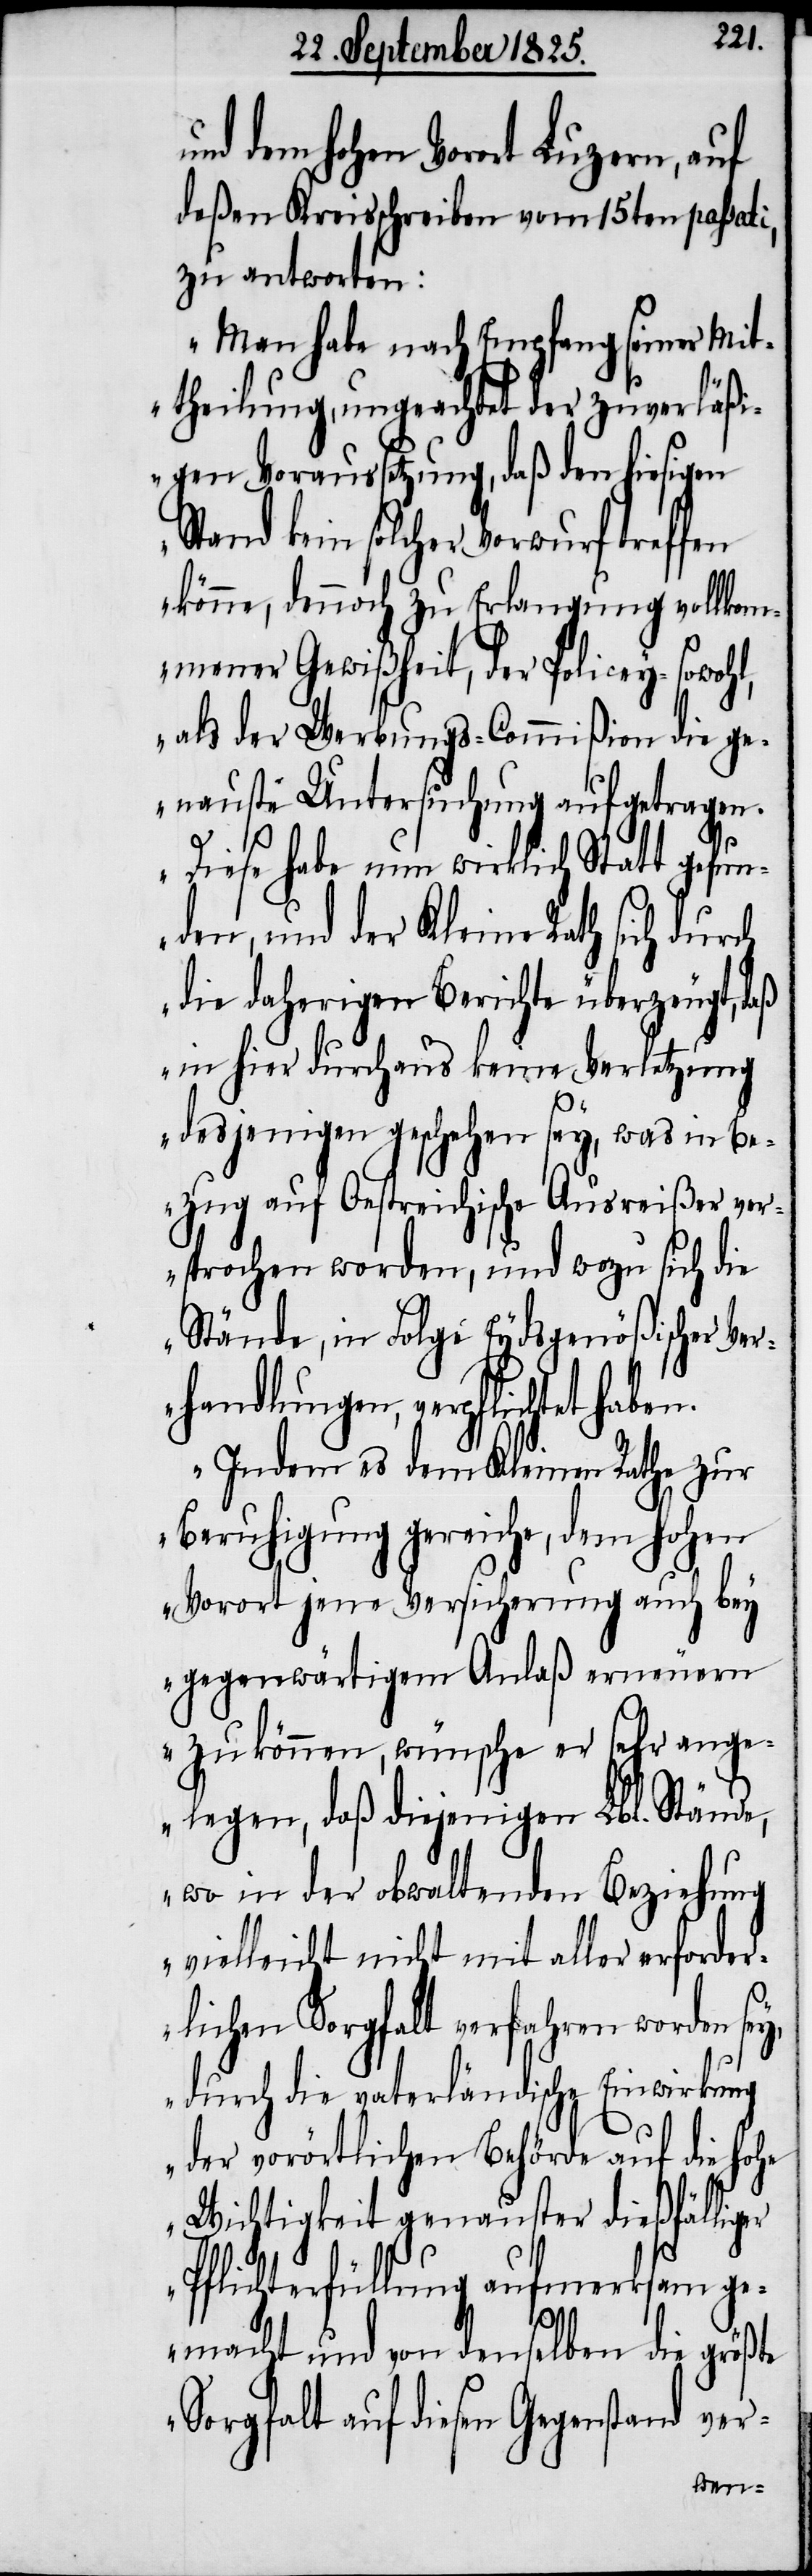
n.
und dem hohen Vorort Luzern, auf
deßen Kreisschreiben vom 15ten passati,
zu antworten:
Man habe nach Empfang seiner Mit¬
theilung, ungeachtet der zuverläß¬
igen Voraussetzung, daß den hiesigen
Stand kein solcher Vorwurf treffen
könne, dennoch zu Erlangung vollkom¬
mener Gewißheit, der Policey- sowohl,
als der Werbungs-Commißion die ge¬
nauste Untersuchung aufgetragen.
Diese habe nun wirklich Statt gefun¬
den, und der Kleine Rath sich durch
die daherigen Berichte überzeugt, daß
in hier durchaus keine Verletzung
desjenigen geschehen sey, was in Be¬
zug auf Oestreichische Ausreißer ver¬
sprochen worden, und wozu sich die
Stände, in Folge Eydsgenößischer Ver¬
handlungen, verpflichtet habe¬
Indem es dem Kleinen Rathe zur
Beruhigung gereiche, dem hohen
Vorort jene Versicherung auch bey
gegenwärtigem Anlaß erneuern
zu können, wünsche er sehr ange¬
legen, daß diejenigen Lbl. Stände,
wo in der obwaltenden Beziehung
vielleicht nicht mit aller erforder¬
lichen Sorgfalt verfahren worden sey,
durch die vaterländische Einwirkung
der vorörtliche Behörde auf die hohe
Wichtigkeit genauster dießfälliger
Pflichterfüllung aufmerksam ge¬
macht und von denselben die größte
Sorgfalt auf diesen Gegenstand ver-